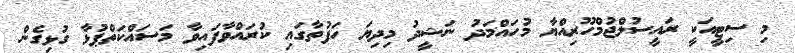
މި ސިޓީއަކީ ރައީސުލްޖުމްހޫރިއްޔާ މުހައްމަދު ނަޝީދު މިދިޔަ ހަފުތާގައި ކުރައްވާފައިވާ މަސައްކަތްޕުޅާ ގުޅިގެން